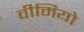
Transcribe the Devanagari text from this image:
वीमियो